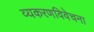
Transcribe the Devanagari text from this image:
व्यकरणविवेचना